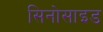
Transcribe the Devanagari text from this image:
सिनोसाइड